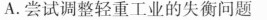
A.尝试调整轻重工业的失衡问题